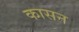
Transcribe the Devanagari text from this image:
कासन